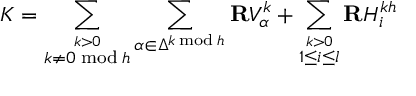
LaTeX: { \cal K } = \sum _ { \stackrel { k > 0 } { k \neq 0 \bmod h } } \sum _ { \alpha \in \Delta ^ { k \bmod h } } { \bf R } V _ { \alpha } ^ { k } + \sum _ { \stackrel { k > 0 } { 1 \leq i \leq l } } { \bf R } H _ { i } ^ { k h }